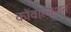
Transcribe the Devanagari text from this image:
कोंवोल्युशन